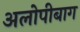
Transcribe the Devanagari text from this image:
अलोपीबाग